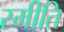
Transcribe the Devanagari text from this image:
स्मीति